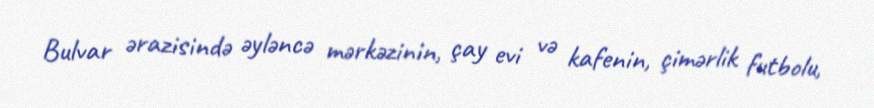
Bulvar ərazisində əyləncə mərkəzinin, çay evi və kafenin, çimərlik futbolu,